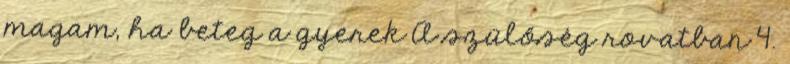
magam, ha beteg a gyerek A szülőség rovatban 4.